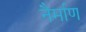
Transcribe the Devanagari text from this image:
नैर्माण